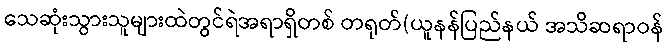
သေဆုံးသွားသူများထဲတွင်ရဲအရာရှိတစ် တရုတ်(ယူနန်ပြည်နယ် အသိဆရာဝန်